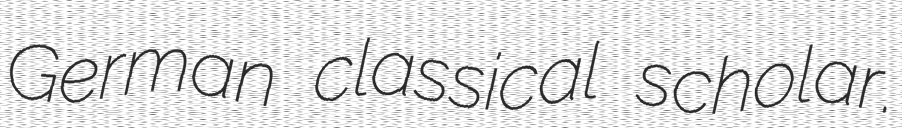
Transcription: German classical scholar.